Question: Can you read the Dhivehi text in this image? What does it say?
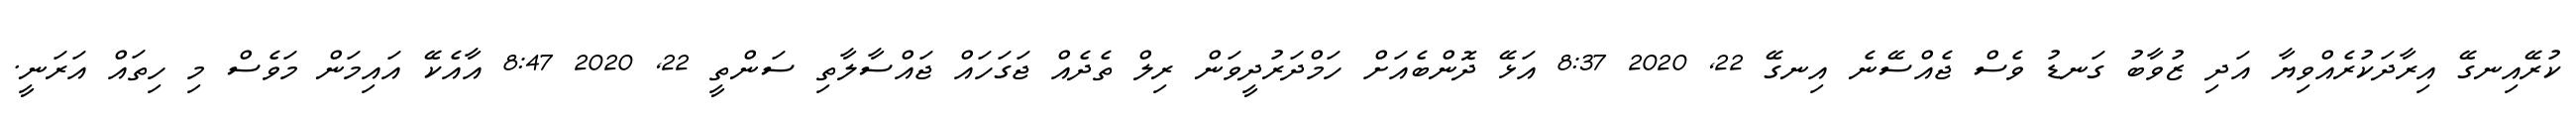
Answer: ކުރޭއިނގޭ އިރާދަކުރެއްވިޔާ އަދި ޒުވާބު ގަނޑު ވެސް ޖެއްސޭނެ އިނގޭ 22, 2020 8:37 އަޅޭ ދޮންބެއަށް ހަމްދަރުދީވަން ރިލް ތެދެއް ޖަގަހައް ޖައްސާލާތި ސަންތީ 22, 2020 8:47 އާއެކޭ އައިމަން މަވެސް މި ހިތައް އަރަނީ.